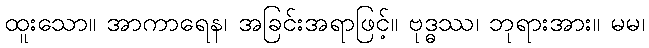
ထူးသော။ အာကာရေန၊ အခြင်းအရာဖြင့်။ ဗုဒ္ဓဿ၊ ဘုရားအား။ မမ၊